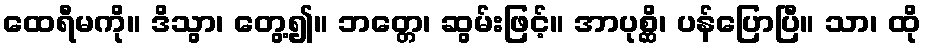
ထေရီမကို။ ဒိသွာ၊ တွေ့၍။ ဘတ္တေ၊ ဆွမ်းဖြင့်။ အာပုစ္ဆိ၊ ပန်ပြောပြီ။ သာ၊ ထို